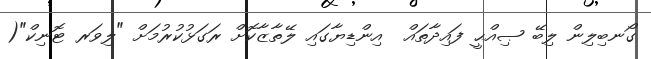
ގޯނބިލިިން ލިބޭ ޞިއްޙީ ފައިދާތައް  އިންޑިޔާގައި ލޭތާޒާކޮށް ރަގަޅުކުރުމަށް "ލިވަރ ޓޮނިކް"(